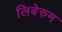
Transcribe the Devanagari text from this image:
लिबेरुम